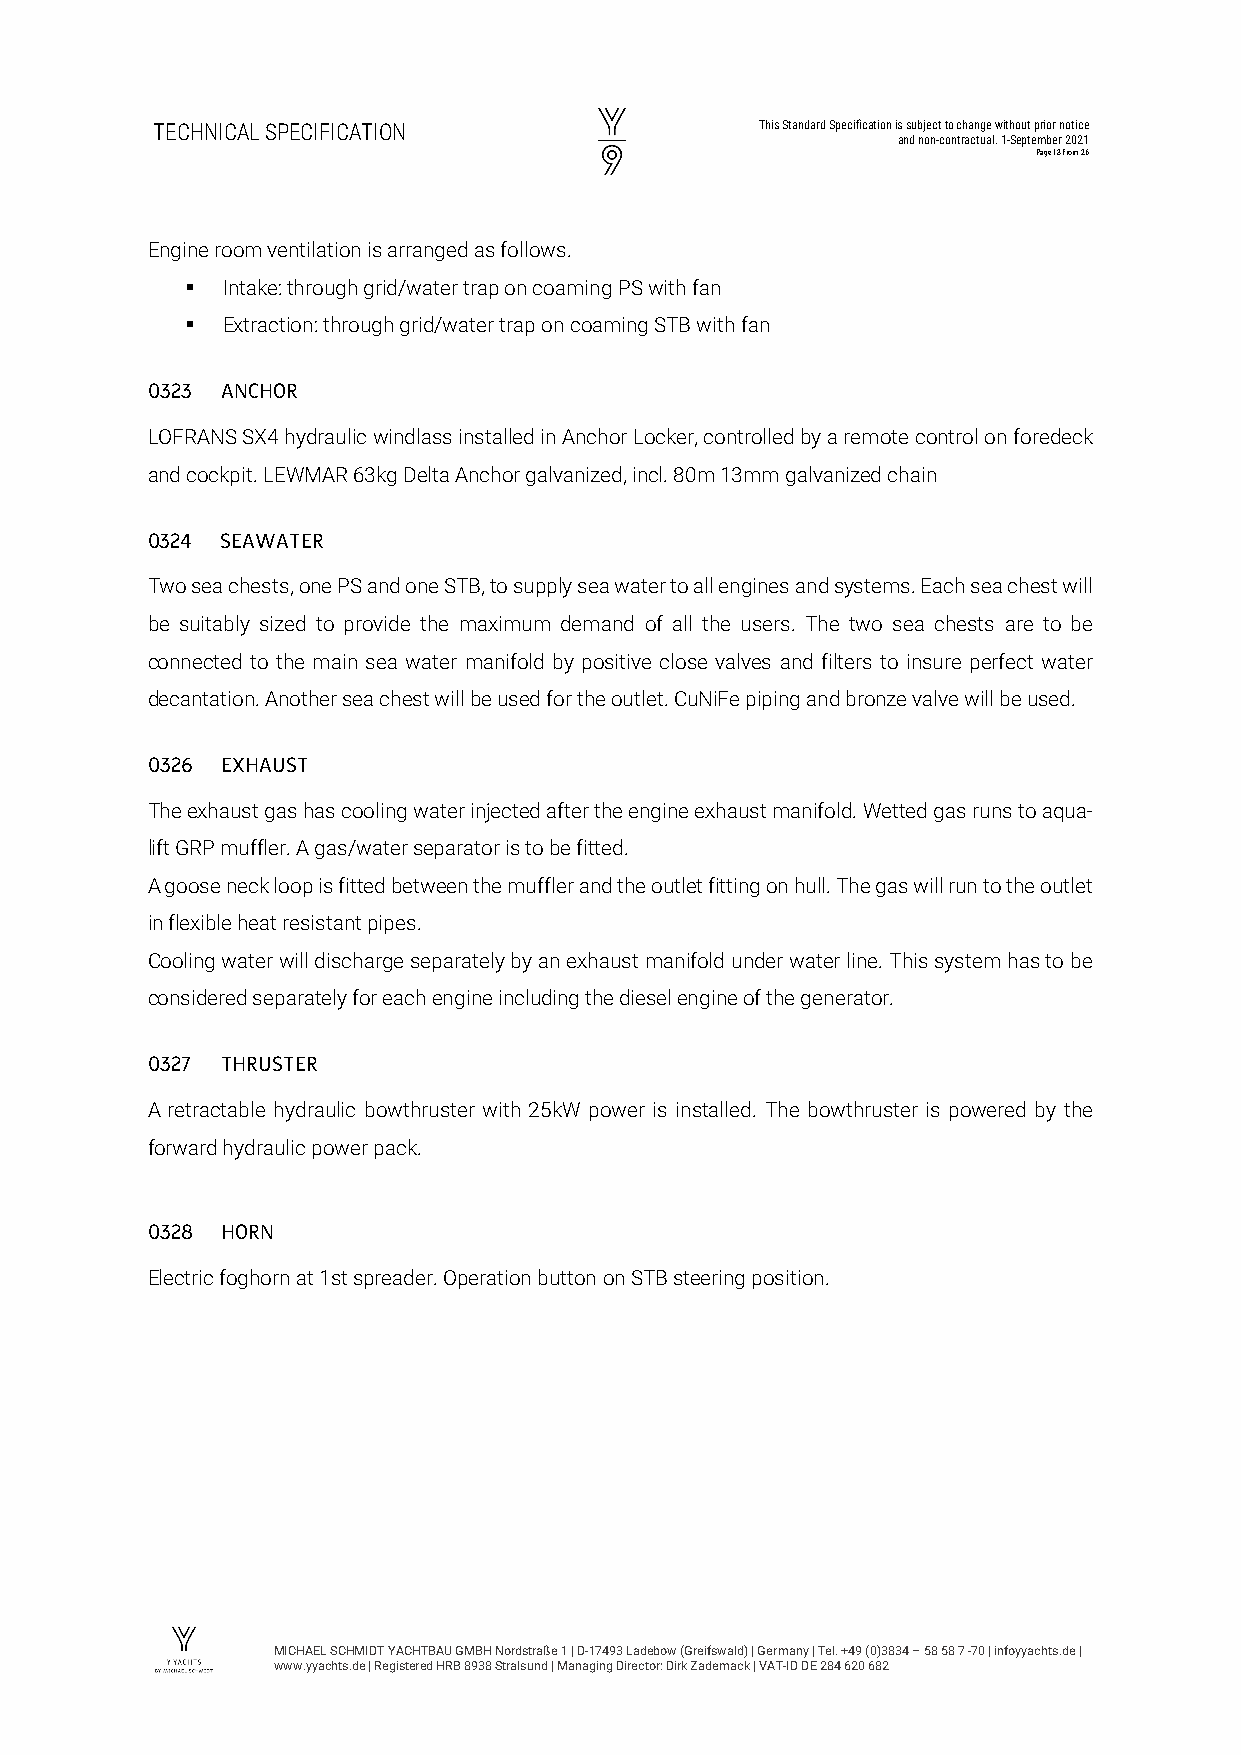
TECHNICAL SPECIFICATION                 This Standard Specification is subject to change without prior notice
 and non-contractual. 1-September 2021
 Page 13 from 26
 Engine room ventilation is arranged as follows.
   Intake: through grid/water trap on coaming PS with fan
   Extraction: through grid/water trap on coaming STB with fan
 0323 ANCHOR
 LOFRANS SX4 hydraulic windlass installed in Anchor Locker, controlled by a remote control on foredeck
 and cockpit. LEWMAR 63kg Delta Anchor galvanized, incl. 80m 13mm galvanized chain
 0324 SEAWATER
 Two sea chests, one PS and one STB, to supply sea water to all engines and systems. Each sea chest will
 be suitably sized to provide the maximum demand of all the users. The two sea chests are to be
 connected to the main sea water manifold by positive close valves and filters to insure perfect water
 decantation. Another sea chest will be used for the outlet. CuNiFe piping and bronze valve will be used.
 0326 EXHAUST
 The exhaust gas has cooling water injected after the engine exhaust manifold. Wetted gas runs to aqua-
 lift GRP muffler. A gas/water separator is to be fitted.
 A goose neck loop is fitted between the muffler and the outlet fitting on hull. The gas will run to the outlet
 in flexible heat resistant pipes.
 Cooling water will discharge separately by an exhaust manifold under water line. This system has to be
 considered separately for each engine including the diesel engine of the generator.
 0327 THRUSTER
 A retractable hydraulic bowthruster with 25kW power is installed. The bowthruster is powered by the
 forward hydraulic power pack.
 0328 HORN
 Electric foghorn at 1st spreader. Operation button on STB steering position.
 MICHAEL SCHMIDT YACHTBAU GMBH Nordstraße 1 | D-17493 Ladebow (Greifswald) | Germany | Tel. +49 (0)3834 – 58 58 7 -70 | infoyyachts.de |
 www.yyachts.de | Registered HRB 8938 Stralsund | Managing Director: Dirk Zademack | VAT-ID DE 284 620 682